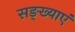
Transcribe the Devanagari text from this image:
सङ्ख्याएं